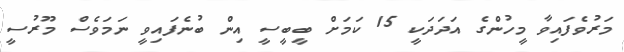
މަރުވެފައިވާ މީހުންގެ އަދަދަކީ 15 ކަމަށް ބީބީސީ އިން ބުނެފައިވީ ނަމަވެސް މޫރުސީ